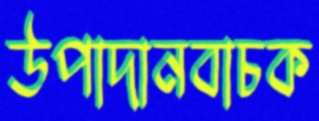
উপাদানবাচক